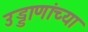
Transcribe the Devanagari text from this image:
उड्डाणांच्या